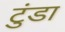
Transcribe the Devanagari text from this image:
टुंडा